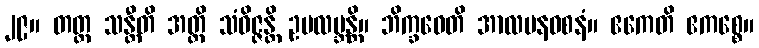
၂၉။ တတ္ထ သန္တီတိ အတ္ထိ သံဝိဇ္ဇန္တိ ဥပလဗ္ဘန္တိ။ ဘိက္ခဝေတိ အာလပနဝစနံ။ ဧကေတိ ဧကစ္စေ။